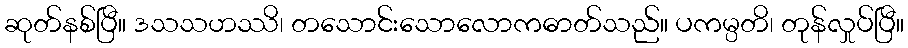
ဆုတ်နစ်ပြီ။ ဒသသဟဿိ၊ တသောင်းသောလောကဓာတ်သည်။ ပကမ္ပတိ၊ တုန်လှုပ်ပြီ။